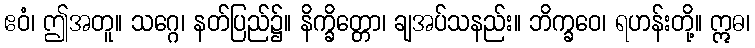
ဧဝံ၊ ဤအတူ။ သဂ္ဂေ၊ နတ်ပြည်၌။ နိက္ခိတ္တော၊ ချအပ်သနည်း။ ဘိက္ခဝေ၊ ရဟန်းတို့။ ဣဓ၊